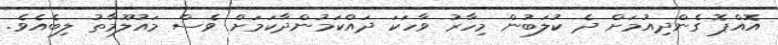
އޮއްޕޮ ގެންދިއުމަށް ދެ ކުލަބުން މިހާރު ވާހަކަ ދައްކަމުންދާކަމަށް ވެސް މައުލޫމާތު ލިބެއެވެ.